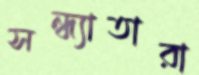
সন্ধ্যাতারা